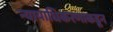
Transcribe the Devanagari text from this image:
न्यायाधिकरणाकडून